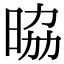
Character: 𭦀